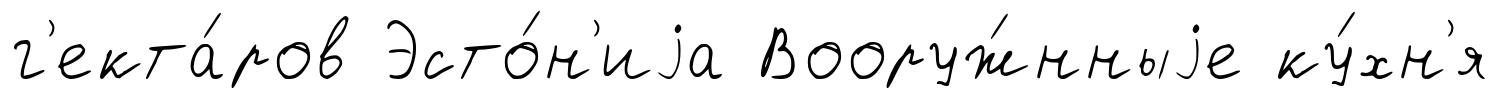
г'екта́ров Эсто́н'иjа Вооруж́нныjе ку́хн'я